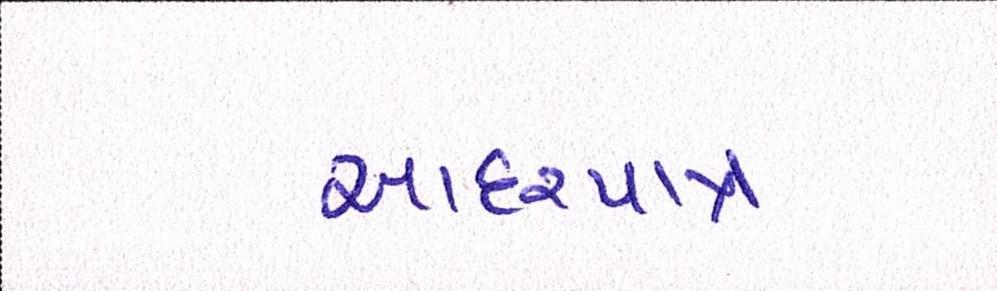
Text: આદરપાત્ર